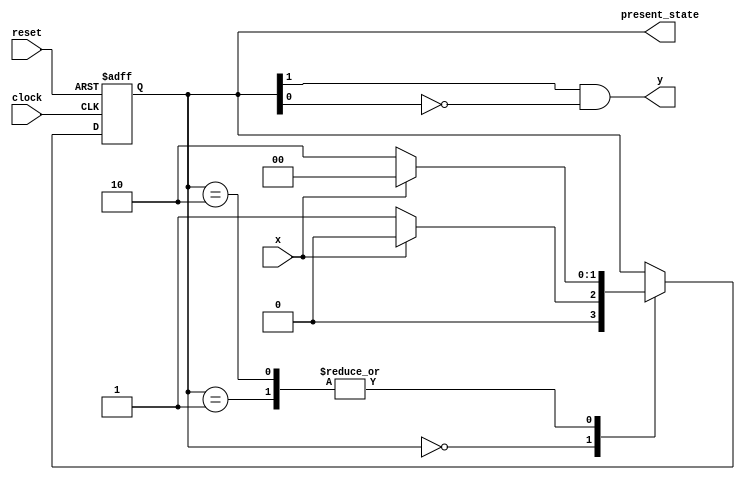
// Zero detector module
//

module zero_detector (
output [1:0] present_state,
output y,
input x,
input clock,
input reset 
);
reg [1:0] state;
parameter S0 = 2'b00, S1 = 2'b01, S2 = 2'b10;
always @ (posedge clock, negedge reset)
if (reset == 0) state <= S0; // Initialize to state S0
else case (state)
S0: if (x) state <= S0; else state <= S1;
S1: if (x) state <= S0; else state <= S2;
S2: if (x) state <= S0; else state <= S2;
endcase

assign present_state = state; // Output of flip-flops
assign y = state[1] & ~state[0];

endmodule


/*
*
*
*	YOU DON'T NEED TO MODIFY module main;
*
*
*
*/

module main;

	wire [1:0] p_state;
	wire y_out;

	reg x_in;
	reg CLOCK;
	reg t_reset;

	// create instance of zero_detector
	zero_detector Z1(p_state,y_out,x_in,CLOCK,t_reset);
	
	// simulate for 200 time units
	initial #200 $finish;
	
	// create reset signal
	initial
	begin
		t_reset = 0;
		#3 t_reset = 1;
	end

	// create clock signal
	initial
	begin
		CLOCK = 0; 
		repeat (40)
			#5 CLOCK = ~CLOCK; // at every 5 time units
	end

	// create input signal
	initial 
	begin
		x_in = 0; #12 x_in = 1;
		repeat (8)
			#20 x_in = ~x_in;
	end

	// create dumpfile to view waveforms
	initial
	begin
		$dumpfile("hw_dump.vcd");
		$dumpvars;
	end

endmodule